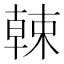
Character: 𣙈